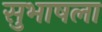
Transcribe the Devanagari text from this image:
सुभाषला